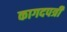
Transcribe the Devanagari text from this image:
कागदपत्री